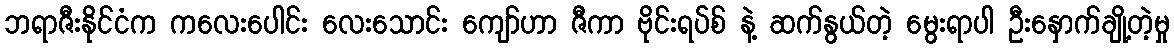
ဘရာဇီးနိုင်ငံက ကလေးပေါင်း လေးသောင်း ကျော်ဟာ ဇီကာ ဗိုင်းရပ်စ် နဲ့ ဆက်နွယ်တဲ့ မွေးရာပါ ဦးနှောက်ချို့တဲ့မှု